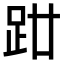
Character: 𧿰